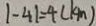
\vert - 4 \vert = 4 ( k m )